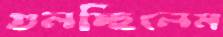
গুলচ্ছিলেম